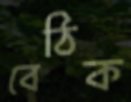
বেঠিক